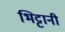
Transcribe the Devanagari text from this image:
भिट्टानी